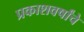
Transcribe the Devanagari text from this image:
प्रकाशवर्षांचे